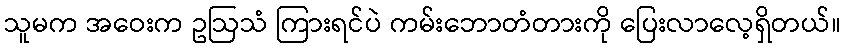
သူမက အဝေးက ဥဩသံ ကြားရင်ပဲ ကမ်းဘောတံတားကို ပြေးလာလေ့ရှိတယ်။